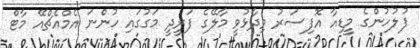
ފުލުހުންގެ މީޑިއާ އޮފިސަރު ވިދާޅުވީ މާލޭގެ ފަރީދީ މަގުގައި ހުންނަ އެމްއެޗްއޭ މާޓް